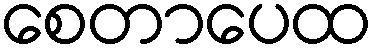
စေတာပေထ